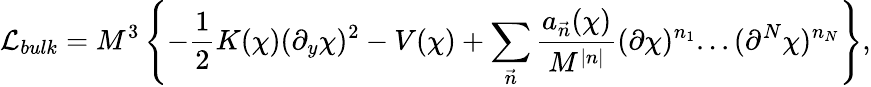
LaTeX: {\cal L}_{bulk}=M^{3}\left\{ -\frac{1}{2}K(\chi)(\partial_{y}\chi)^{2}-V(\chi)+\sum_{\vec{n}}\frac{a_{\vec{n}}(\chi)}{M^{|n|}}(\partial\chi)^{n_{1}}...(\partial^{N}\chi)^{n_{N}}\right\} ,